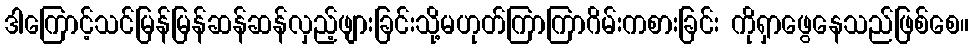
ဒါကြောင့်သင်မြန်မြန်ဆန်ဆန်လှည့်ဖျားခြင်းသို့မဟုတ်ကြာကြာဂိမ်းကစားခြင်း ကိုရှာဖွေနေသည်ဖြစ်စေ။